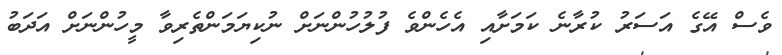
ވެސް އޭގެ އަސަރު ކުރާނެ ކަމަށާއި އެހެންވެ ފުލުހުންނަށް ނުކިޔަމަންތެރިވާ މީހުންނަށް އަދަބު